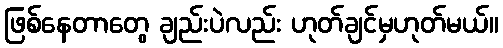
ဖြစ်နေတာတွေ ချည်းပဲလည်း ဟုတ်ချင်မှဟုတ်မယ်။